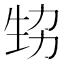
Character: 𤯜